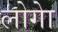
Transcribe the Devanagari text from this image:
लोगेा